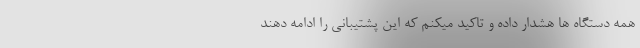
همه دستگاه ها هشدار داده و تاکید میکنم که این پشتیبانی را ادامه دهند